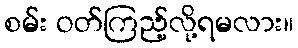
စမ်း ဝတ်ကြည့်လို့ရမလား။